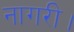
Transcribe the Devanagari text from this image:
नागरी।